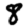
Digit: 8